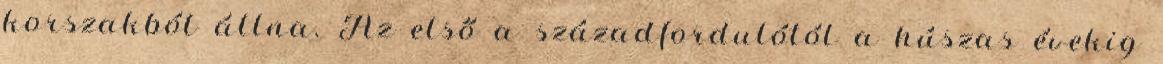
korszakból állna. Az első a századfordulótól a húszas évekig